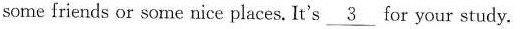
some friends or some nice places. It's \underline{3} for your study.